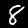
Digit: 8